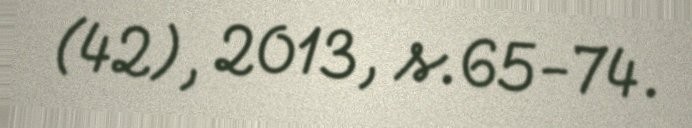
(42), 2013, s.65-74.